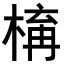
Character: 𣕛